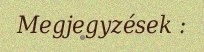
Megjegyzések :